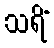
သရိံ